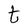
Character: t